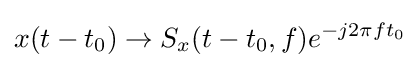
x(t-t_{0})\rightarrow S_{x}(t-t_{0},f)e^{-j2\pi ft_{0}}